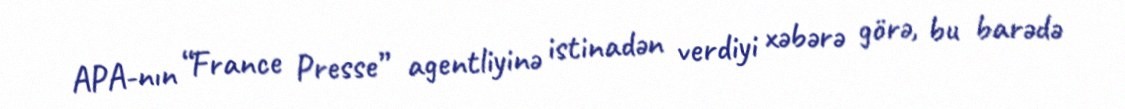
APA-nın “France Presse” agentliyinə istinadən verdiyi xəbərə görə, bu barədə